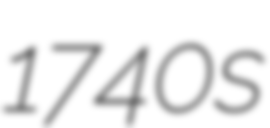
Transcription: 1740s